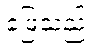
ဖြေသည်